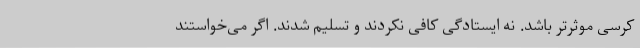
کرسی موثرتر باشد. نه ایستادگی کافی نکردند و تسلیم شدند. اگر می‌خواستند